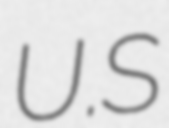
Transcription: U.S